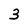
Character: 3